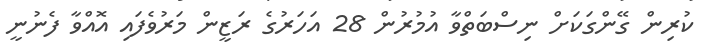
ކުރިން ގޭންގަކަށް ނިސްބަތްވާ އުމުރުން 28 އަހަރުގެ ރަޒީން މަރުވެފައި އޮއްވާ ފެނުނީ